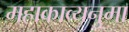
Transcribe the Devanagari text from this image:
महाकाव्यनुमा